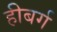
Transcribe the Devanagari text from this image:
हीबर्ग